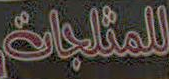
للمثلجات